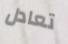
تعادل